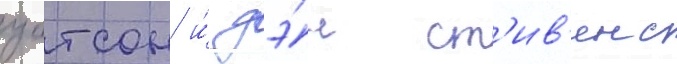
уотсон и́ дэ́н ст'ив'енс